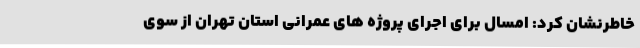
خاطرنشان کرد: امسال برای اجرای پروژه های عمرانی استان تهران از سوی